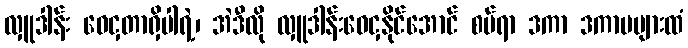
လှူဒါန်း ဝေငှတာရှိပါရဲ့၊ အဲဒီလို လှူဒါန်းဝေငှနိုင်အောင် စပ်ရာ ဒကာ ဒကာမများထံ